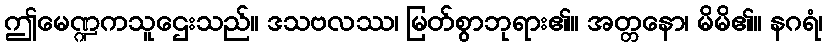
ဤမေဏ္ဍကသူဌေးသည်။ ဒသဗလဿ၊ မြတ်စွာဘုရား၏။ အတ္တနော၊ မိမိ၏။ နဂရံ၊